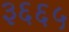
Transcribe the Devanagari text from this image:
३६६५